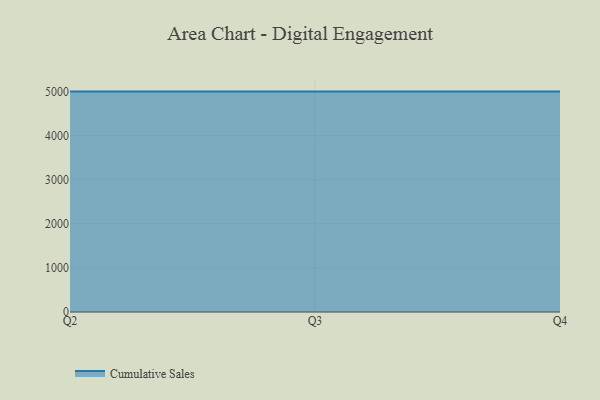
{"axis": {"x": "Quarter", "y": "Satisfaction Score"}, "legend": ["Cumulative Sales"], "data": [{"x": "Q2", "y": 5000, "type": "Cumulative Sales"}, {"x": "Q3", "y": 5000, "type": "Cumulative Sales"}, {"x": "Q4", "y": 5000, "type": "Cumulative Sales"}]}